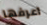
اعرفها